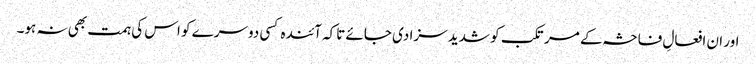
اور ان افعالِ فاحشہ کے مرتکب کو شدید سزا دی جائے تاکہ آئندہ کسی دوسرے کو اس کی ہمت بھی نہ ہو۔